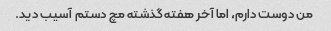
من دوست دارم، اما آخر هفته گذشته مچ دستم آسیب دید.